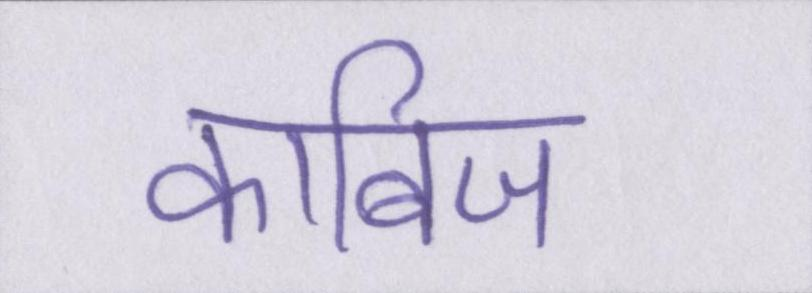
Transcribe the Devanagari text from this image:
काबिज